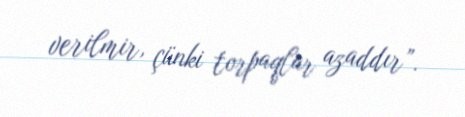
verilmir, çünki torpaqlar azaddır”.